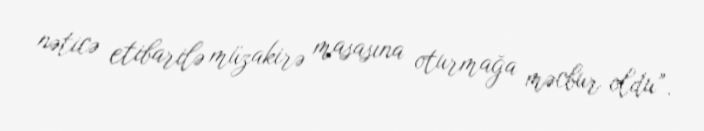
nəticə etibarilə müzakirə masasına oturmağa məcbur oldu”.